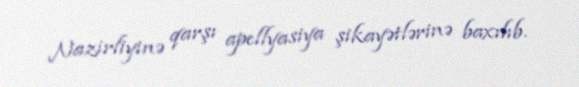
Nazirliyinə qarşı apellyasiya şikayətlərinə baxılıb.